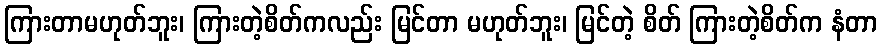
ကြားတာမဟုတ်ဘူး၊ ကြားတဲ့စိတ်ကလည်း မြင်တာ မဟုတ်ဘူး၊ မြင်တဲ့ စိတ် ကြားတဲ့စိတ်က နံတာ